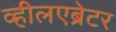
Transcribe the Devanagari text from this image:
व्हीलएब्रेटर